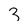
Character: 3